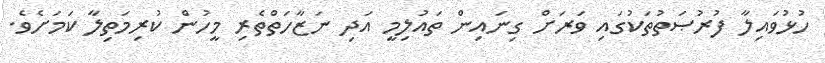
ހުޅުވައިލާ ފުރުޞަތުތަކުގައި ވަރަށް ގިނައިން ތައުލިމީ އަދި ނަޒާހަތްތެރި މީހުން ކުރިމަތިލާ ކަމަށެވެ.